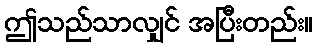
ဤသည်သာလျှင် အပြီးတည်း။